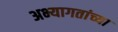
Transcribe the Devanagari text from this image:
अभ्यागतांच्या